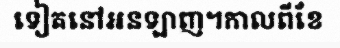
ទៀតនៅអនឡាញ។កាលពីខែ